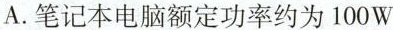
A.笔记本电脑额定功率约为100W